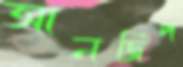
আনজিপ